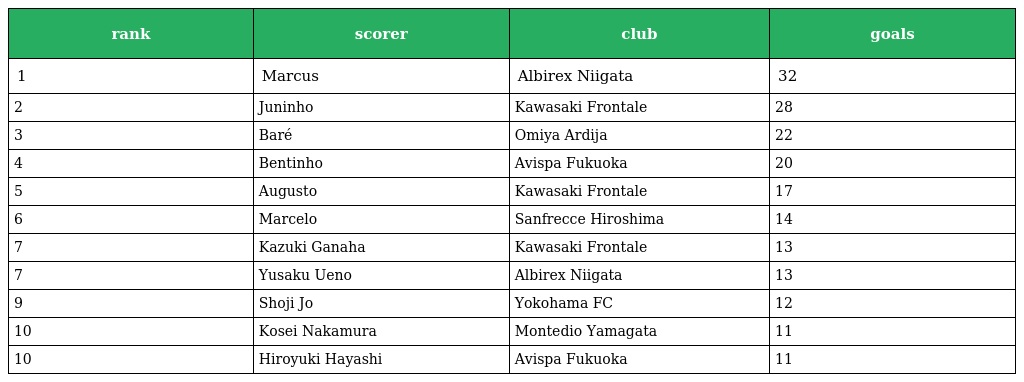
| rank | scorer | club | goals |
 | --- | --- | --- | --- |
 | 1 | Marcus | Albirex Niigata | 32 |
 | 2 | Juninho | Kawasaki Frontale | 28 |
 | 3 | Baré | Omiya Ardija | 22 |
 | 4 | Bentinho | Avispa Fukuoka | 20 |
 | 5 | Augusto | Kawasaki Frontale | 17 |
 | 6 | Marcelo | Sanfrecce Hiroshima | 14 |
 | 7 | Kazuki Ganaha | Kawasaki Frontale | 13 |
 | 7 | Yusaku Ueno | Albirex Niigata | 13 |
 | 9 | Shoji Jo | Yokohama FC | 12 |
 | 10 | Kosei Nakamura | Montedio Yamagata | 11 |
 | 10 | Hiroyuki Hayashi | Avispa Fukuoka | 11 |